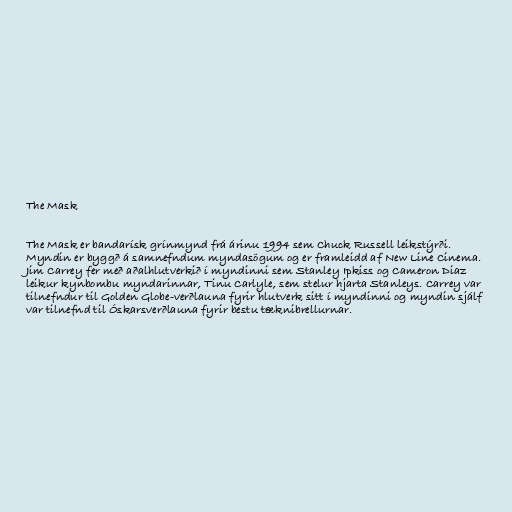
The Mask

The Mask er bandarísk grínmynd frá árinu 1994 sem Chuck Russell leikstýrði.
Myndin er byggð á samnefndum myndasögum og er framleidd af New Line Cinema.
Jim Carrey fer með aðalhlutverkið í myndinni sem Stanley Ipkiss og Cameron Diaz
leikur kynbombu myndarinnar, Tinu Carlyle, sem stelur hjarta Stanleys. Carrey var
tilnefndur til Golden Globe-verðlauna fyrir hlutverk sitt í myndinni og myndin sjálf
var tilnefnd til Óskarsverðlauna fyrir bestu tæknibrellurnar.